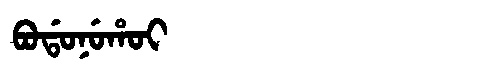
Manchu: ᠪᠣᡩᠣᠨᡠᡥᠣᡳ
Romanization: BODONUHOI